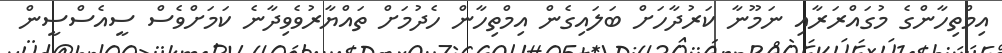
އިމްތިހާންގެ މުގައްރަރާއި ނަމޫނާ ކަރުދާހަށް ބަލައިގެން އިމްތިހާން ހެދުމަށް ތައްޔާރުވެވިދާނެ ކަމަށްވެސް ސީއެސްސީން